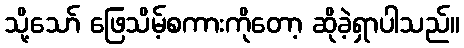
သို့သော် ဖြေသိမ့်စကားကိုတော့ ဆိုခဲ့ရှာပါသည်။